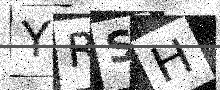
Text: YRSH